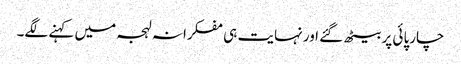
چارپائی پر بیٹھ گئے اور نہایت ہی مفکرانہ لہجہ میں کہنے لگے۔